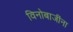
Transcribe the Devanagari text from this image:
विनोबाजींना